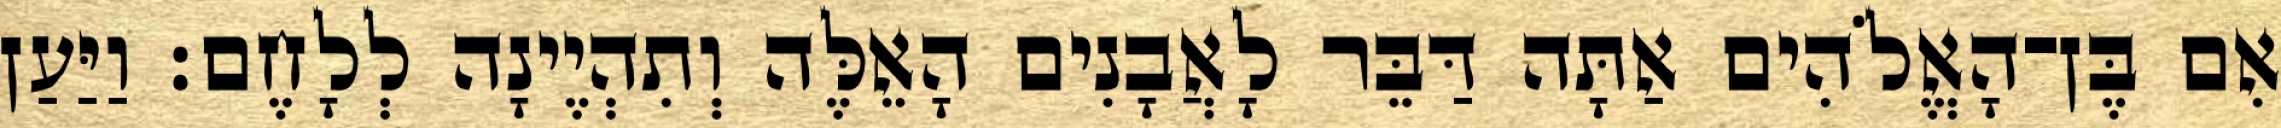
אִם בֶּן־הָאֱלֹהִים אַתָּה דַּבֵּר לָאֲבָנִים הָאֵלֶּה וְתִהְיֶינָה לְלָחֶם׃ וַיַּעַן